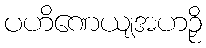
ပဟိဏေယျအဟဉှိ